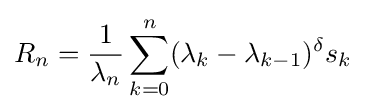
R_{n}={\frac {1}{\lambda _{n}}}\sum _{k=0}^{n}(\lambda _{k}-\lambda _{k-1})^{\delta }s_{k}